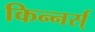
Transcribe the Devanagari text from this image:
किन्नर्स्